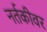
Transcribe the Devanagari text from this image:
नर्तकीवर